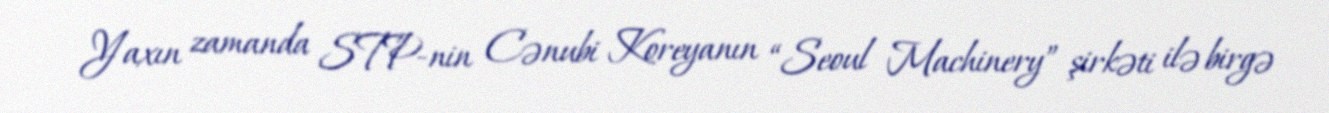
Yaxın zamanda STP-nin Cənubi Koreyanın “Seoul Machinery” şirkəti ilə birgə